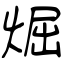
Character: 煀